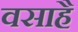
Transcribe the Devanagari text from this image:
वसाहै